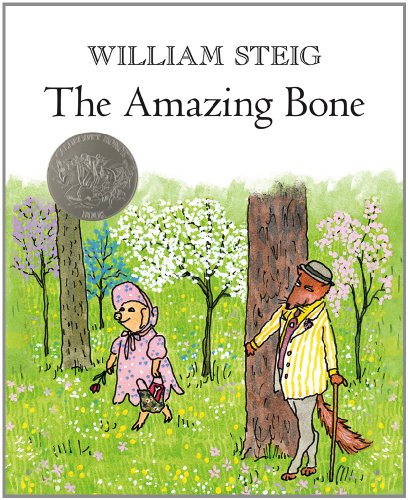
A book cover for The Amazing Bone; William Steig; Children's Books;